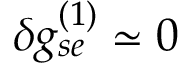
\delta g _ { s e } ^ { ( 1 ) } \simeq 0